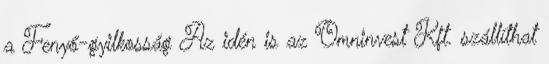
a Fenyő-gyilkosság Az idén is az Omninvest Kft. szállíthat